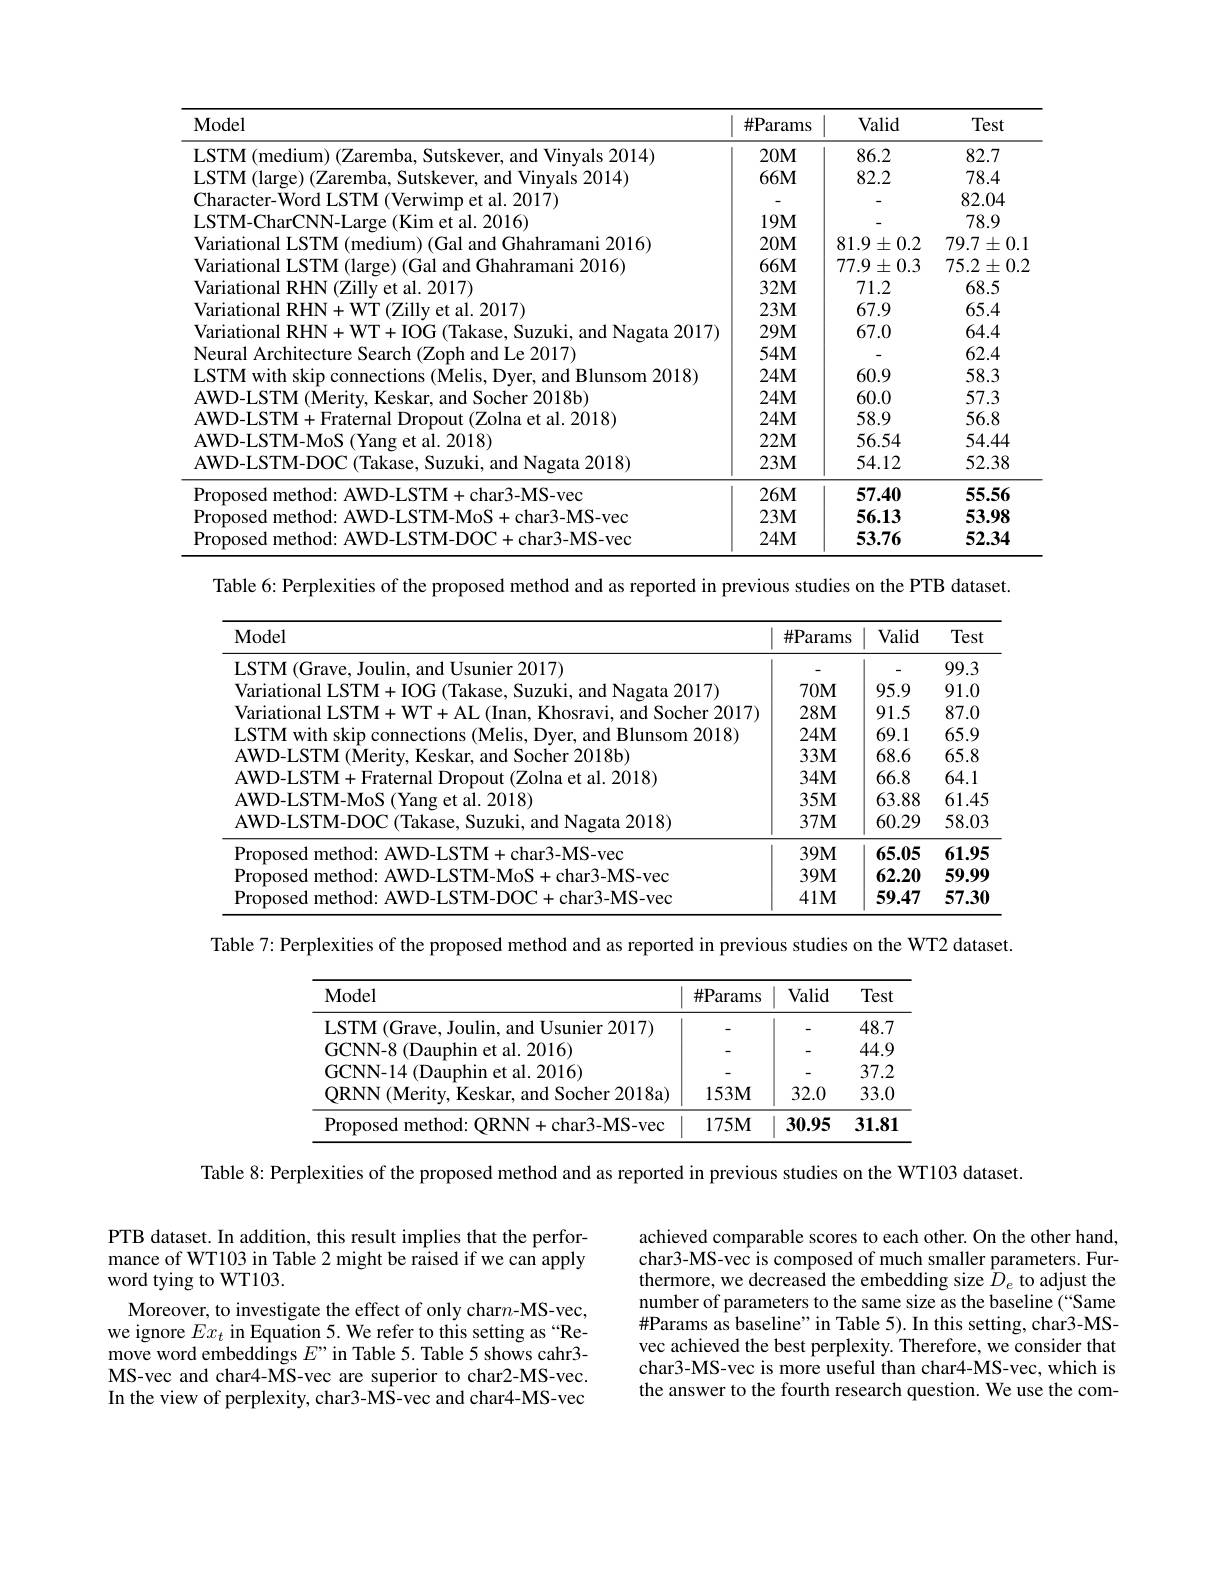
<table>
	<tbody>
		<tr>
			<th>Model</th>
			<th>$\#$Params</th>
			<th>Valid</th>
			<th>Test</th>
		</tr>
		<tr>
			<td>$\mathbf{s}2014$</td>
			<td>$20\mathbf{M}$</td>
			<td>86.2</td>
			<td>82.7</td>
		</tr>
		<tr>
			<td>Vinvals 2014</td>
			<td>$66M$</td>
			<td>82.2</td>
			<td>78.4</td>
		</tr>
		<tr>
			<td>17011</td>
			<td> </td>
			<td> </td>
			<td>82.04</td>
		</tr>
		<tr>
			<td>al 2016</td>
			<td>$19M$</td>
			<td> </td>
			<td>78.9</td>
		</tr>
		<tr>
			<td>2016</td>
			<td>$20M$</td>
			<td>$81.9\pm0.2$</td>
			<td>$79.7\pm0.1$</td>
		</tr>
		<tr>
			<td>$\|\|h$</td>
			<td>$66M$</td>
			<td>$77.9\pm0.3$</td>
			<td>$75.2\pm$ $0.^{\prime}$</td>
		</tr>
		<tr>
			<td>al 2017</td>
			<td>$32\mathbf{M}$</td>
			<td>71.2</td>
			<td>68.5</td>
		</tr>
		<tr>
			<td>$a|2017$</td>
			<td>$23M$</td>
			<td>67.9</td>
			<td>65.4</td>
		</tr>
		<tr>
			<td>arrational RHN- $\Pi_{1}$ and Nanata 201</td>
			<td>$29M$</td>
			<td>67.0</td>
			<td>64.4</td>
		</tr>
		<tr>
			<td>Neural Archite (Zoph and Ie 2017</td>
			<td>$54M$</td>
			<td> </td>
			<td>62.4</td>
		</tr>
		<tr>
			<td>ISTMwithskir connerions $(\mathbf{Melis})$ and Blunsom 2018</td>
			<td>$24M$</td>
			<td>60.9</td>
			<td>58.3</td>
		</tr>
		<tr>
			<td>$4WD-1STM(Merit)$ and Socher 2018h</td>
			<td>$24M$</td>
			<td>60.0</td>
			<td>57.3</td>
		</tr>
		<tr>
			<td>$4W11-$ $\left|\boldsymbol{Y}\right|$ $1\boldsymbol{M}$ $al~2018$</td>
			<td>$24M$</td>
			<td>58.9</td>
			<td>56.8</td>
		</tr>
		<tr>
			<td>$4WD-I.STM-MoS$ t al. 2018)</td>
			<td>$22\mathbf{M}$</td>
			<td>56.54</td>
			<td>54.44</td>
		</tr>
		<tr>
			<td>AWD-LSTM-DOC(Takase, S Suzuki, and Nagata 2018</td>
			<td>$23M$</td>
			<td>54.12</td>
			<td>52.38</td>
		</tr>
		<tr>
			<td>$-\mathbf{M}$ $5-vec$</td>
			<td>$26M$</td>
			<td>57.40</td>
			<td>55.56</td>
		</tr>
		<tr>
			<td>char3- MS- vec</td>
			<td>$23M$</td>
			<td>56.13</td>
			<td>53.98</td>
		</tr>
		<tr>
			<td>ronnsed r nethod$\cdot$ $AW|$ $A_{-}DXY$ char3- MS- vec</td>
			<td>$24M$</td>
			<td>53.76</td>
			<td>52.34</td>
		</tr>
	</tbody>
</table>

Table 6: Perplexities of the proposed method and as reported in previous studies on the PTB dataset.

<table>
	<tbody>
		<tr>
			<th>Model</th>
			<th>$\#$Params</th>
			<th>Valid</th>
			<th>Test</th>
		</tr>
		<tr>
			<td>$\overline{{\mathrm{Usunier~2017}}}$</td>
			<td> </td>
			<td> </td>
			<td>99.3</td>
		</tr>
		<tr>
			<td>/arıatıonal I STM+ SllZllkl and Nagata 2017</td>
			<td>$70M$</td>
			<td>95.9</td>
			<td>91.0</td>
		</tr>
		<tr>
			<td>and Socher "MTA</td>
			<td>$28M$</td>
			<td>91.5</td>
			<td>87.0</td>
		</tr>
		<tr>
			<td>VIM $Mp|10$ and Blunsom' 2018</td>
			<td>$24M$</td>
			<td>69.1</td>
			<td>65.9</td>
		</tr>
		<tr>
			<td>WD- ISTM(Meri and Socher 2018b</td>
			<td>$33M$</td>
			<td>68.6</td>
			<td>65.8</td>
		</tr>
		<tr>
			<td>WLVIM. (Zolna et al 2018</td>
			<td>$34M$</td>
			<td>66.8</td>
			<td>64.1</td>
		</tr>
		<tr>
			<td>$w_{12},w_{1},w_{1},w_{2}$ et al 2018</td>
			<td>$35M$</td>
			<td>63.88</td>
			<td>61.45</td>
		</tr>
		<tr>
			<td>AWD-LSTM-DOC CTakase Suzuki. and Nagata 2018</td>
			<td>$37M$</td>
			<td>60.29</td>
			<td>58.03</td>
		</tr>
		<tr>
			<td>D $3-MS-vec$</td>
			<td>$39M$</td>
			<td>65.05</td>
			<td>61.95</td>
		</tr>
		<tr>
			<td>char3- MS- vec</td>
			<td>$39M$</td>
			<td>62.20</td>
			<td>59.99</td>
		</tr>
		<tr>
			<td>romoser method$\cdot$ AWI 1.1.11.1. char3- MS- vec</td>
			<td>$41M$</td>
			<td>59.47</td>
			<td>57.30</td>
		</tr>
	</tbody>
</table>

Table 7: Perplexities of the proposed method and as reported in previous studies on the WT2 dataset.

<table>
	<tbody>
		<tr>
			<th>Model</th>
			<th>$\#$Params</th>
			<th>Valid</th>
			<th>Test</th>
		</tr>
		<tr>
			<td>LSTM (Grave, Joulin, and Usunier 2017)</td>
			<td> </td>
			<td> </td>
			<td>48.7</td>
		</tr>
		<tr>
			<td>2016</td>
			<td> </td>
			<td>-</td>
			<td>44.9</td>
		</tr>
		<tr>
			<td>GCNN-14 (Dauphin et al. 2016)</td>
			<td> </td>
			<td>-</td>
			<td>37.2</td>
		</tr>
		<tr>
			<td>QRNN (Merity, Keskar, and Socher 2018a)</td>
			<td>$153M$</td>
			<td>32.0</td>
			<td>33.0</td>
		</tr>
		<tr>
			<td>Proposed method: ORNN+ char3-MS-vec</td>
			<td>$175M$</td>
			<td>30.95</td>
			<td>31.81</td>
		</tr>
	</tbody>
</table>

Table 8: Perplexities of the proposed method and as reported in previous studies on the WT103 dataset.

PTB dataset. In addition, this result implies that the performance of WT103 in Table 2 might be raised if we can apply word tying to WT103.
Moreover, to investigate the effect of only char$n$-MS-vec, we ignore $Ex_{t}$ in Equation 5. We refer to this setting as“Re-move word embeddings $E$”in Table 5. Table 5 shows cahr3- MS-vec and char4-MS-vec are superior to char2-MS-vec. In the view of perplexity, char3-MS-vec and char4-MS-vec

achieved comparable scores to each other. On the other hand, char3-MS-vec is composed of much smaller parameters. Furthermore, we decreased the embedding size $D_e$ to adjust the number of parameters to the same size as the baseline (“Same $\#\tilde{\text{Params as baseline" in Table 5). In this setting, char3-MS-}}$ vec achieved the best perplexity. Therefore, we consider that char3-MS-vec is more useful than char4-MS-vec, which is the answer to the fourth research question. We use the com-